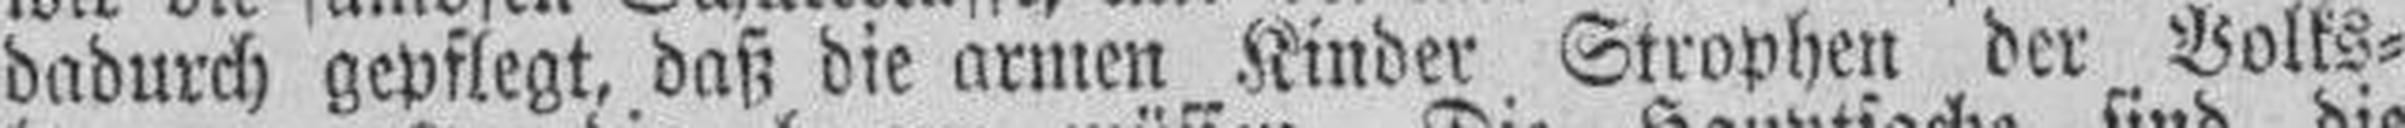
dadurch gepflegt, daß die armen Kinder Strophen der Volks¬